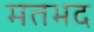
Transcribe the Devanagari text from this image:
मतभद